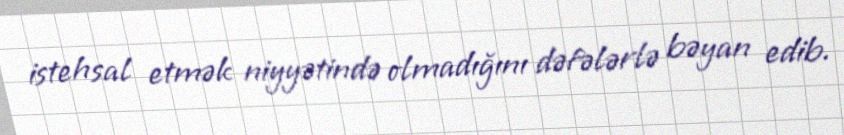
istehsal etmək niyyətində olmadığını dəfələrlə bəyan edib.